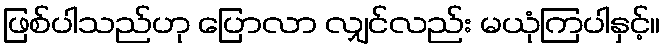
ဖြစ်ပါသည်ဟု ပြောလာ လျှင်လည်း မယုံကြပါနှင့်။